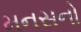
મનસનો